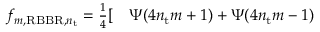
\begin{array} { r l } { f _ { m , \mathrm { R B B R } , n _ { \mathrm { t } } } = \frac { 1 } { 4 } [ } & { { } \Psi ( 4 n _ { \mathrm { t } } m + 1 ) + \Psi ( 4 n _ { \mathrm { t } } m - 1 ) } \end{array}